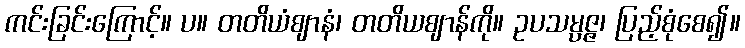
ကင်းခြင်းကြောင့်။ ပ။ တတိယံဈာနံ၊ တတိယဈာန်ကို။ ဥပသမ္ပဇ္ဇ၊ ပြည့်စုံစေ၍။